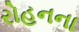
રોહનના